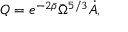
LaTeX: Q = e ^ { - 2 \bar { \rho } } \bar { \Omega } ^ { 5 / 3 } \dot { A } ,